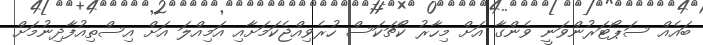
ބައެއް ސަޕޯޓަރުންވަނީ ވެންގާ އަށް މިހާރު ކޯޗަކަސް ހުރެވިއްޖެކަމަށާއި އަމިއްލަ އަށް އިސްތިއުފާދިނުމަށް